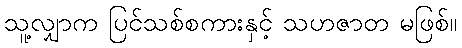
သူ့လျှာက ပြင်သစ်စကားနှင့် သဟဇာတ မဖြစ်။